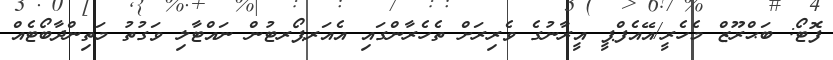
ފޮޓޯ: ބަޙްރޫޒް މެހެރީ/އޭއެފްޕީ އީރާނުގެ ވެރިރަށް ތެހެރާންގައި އެއަރޕޯރޓުން ނައްޓާލި ވަގުތު މަތިންދާބޯޓެއް